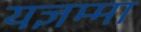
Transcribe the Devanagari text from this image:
यज्ञम्मा